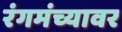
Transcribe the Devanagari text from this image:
रंगमंच्यावर